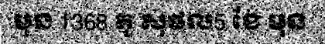
មុន 1368 តូ សុផល5 ខែ មុន